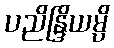
ပညိန္ဒြိယမ္ပိ